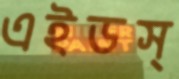
এইডস্